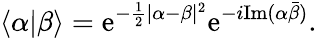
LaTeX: \langle\alpha|\beta\rangle=\mathrm{e}^{-\frac{{1}}{{2}}|\alpha-\beta|^{2}}\mathrm{e}^{-i\mathrm{{Im}}(\alpha\bar{{\beta}})}.